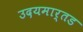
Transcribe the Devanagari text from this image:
उदयमार्तड